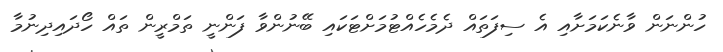
ހުންނަން ވާނެކަމަށާއި އެ ސިފަތައް ދެމެހެއްޓުމަށްޓަކައި ބޭނުންވާ ފަންނީ ތަމްރީން ތައް ހޯދައިދިނުމާ